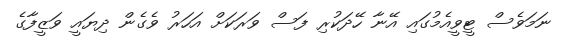
ނަމަވެސް ޓީވީއެމުގައި އޭނާ ހޭދަކުރި ފަސް ވަރަކަށް އަހަރު ވެގެން ދިޔައީ ވަޒީފާގެ